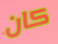
كان